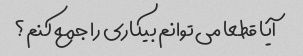
آیا قطعا می توانم بیکاری را جمع کنم؟